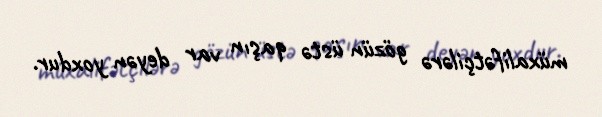
müxalifətçilərə gözün üstə qaşın var deyən yoxdur.